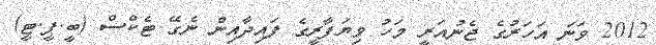
2012 ވަނަ އަހަރުގެ ޖެނުއަރީ މަހު ވިޔަފާރީގެ ފައިދާއިން ނެގޭ ޓެކްސް (ބީ.ޕީ.ޓީ)